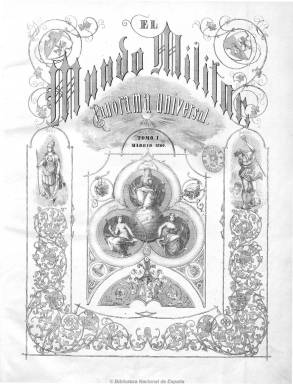
Título: El Mundo militar (Madrid. 1859)
Colección: Fuerzas armadas || Cultura
Ámbito geográfico: Madrid
Lugar de publicación: Madrid
Fechas: 13/11/1859-27/08/1865

Semanario gráfico que se publicó en Madrid de 1859 a 1865, dirigido por Mariano Pérez de Castro. La tradición de la prensa militar estrictamente profesional y técnica se mantuvo a través de publicaciones de extraordinario relieve como “El Mundo militar”. En su contenido se podían encontrar noticias generales propias de una revista ilustrada, acompañadas de grabados y láminas, pero dando preferencia a todo lo que tenía relación con la temática militar y de los ejércitos, tanto de España como de otras naciones. Así mismo, dedicó gran parte de sus páginas a difundir noticias de la Guerra de África o Primera Guerra de Marruecos, que enfrentó a España con el Sultanato de Marruecos.